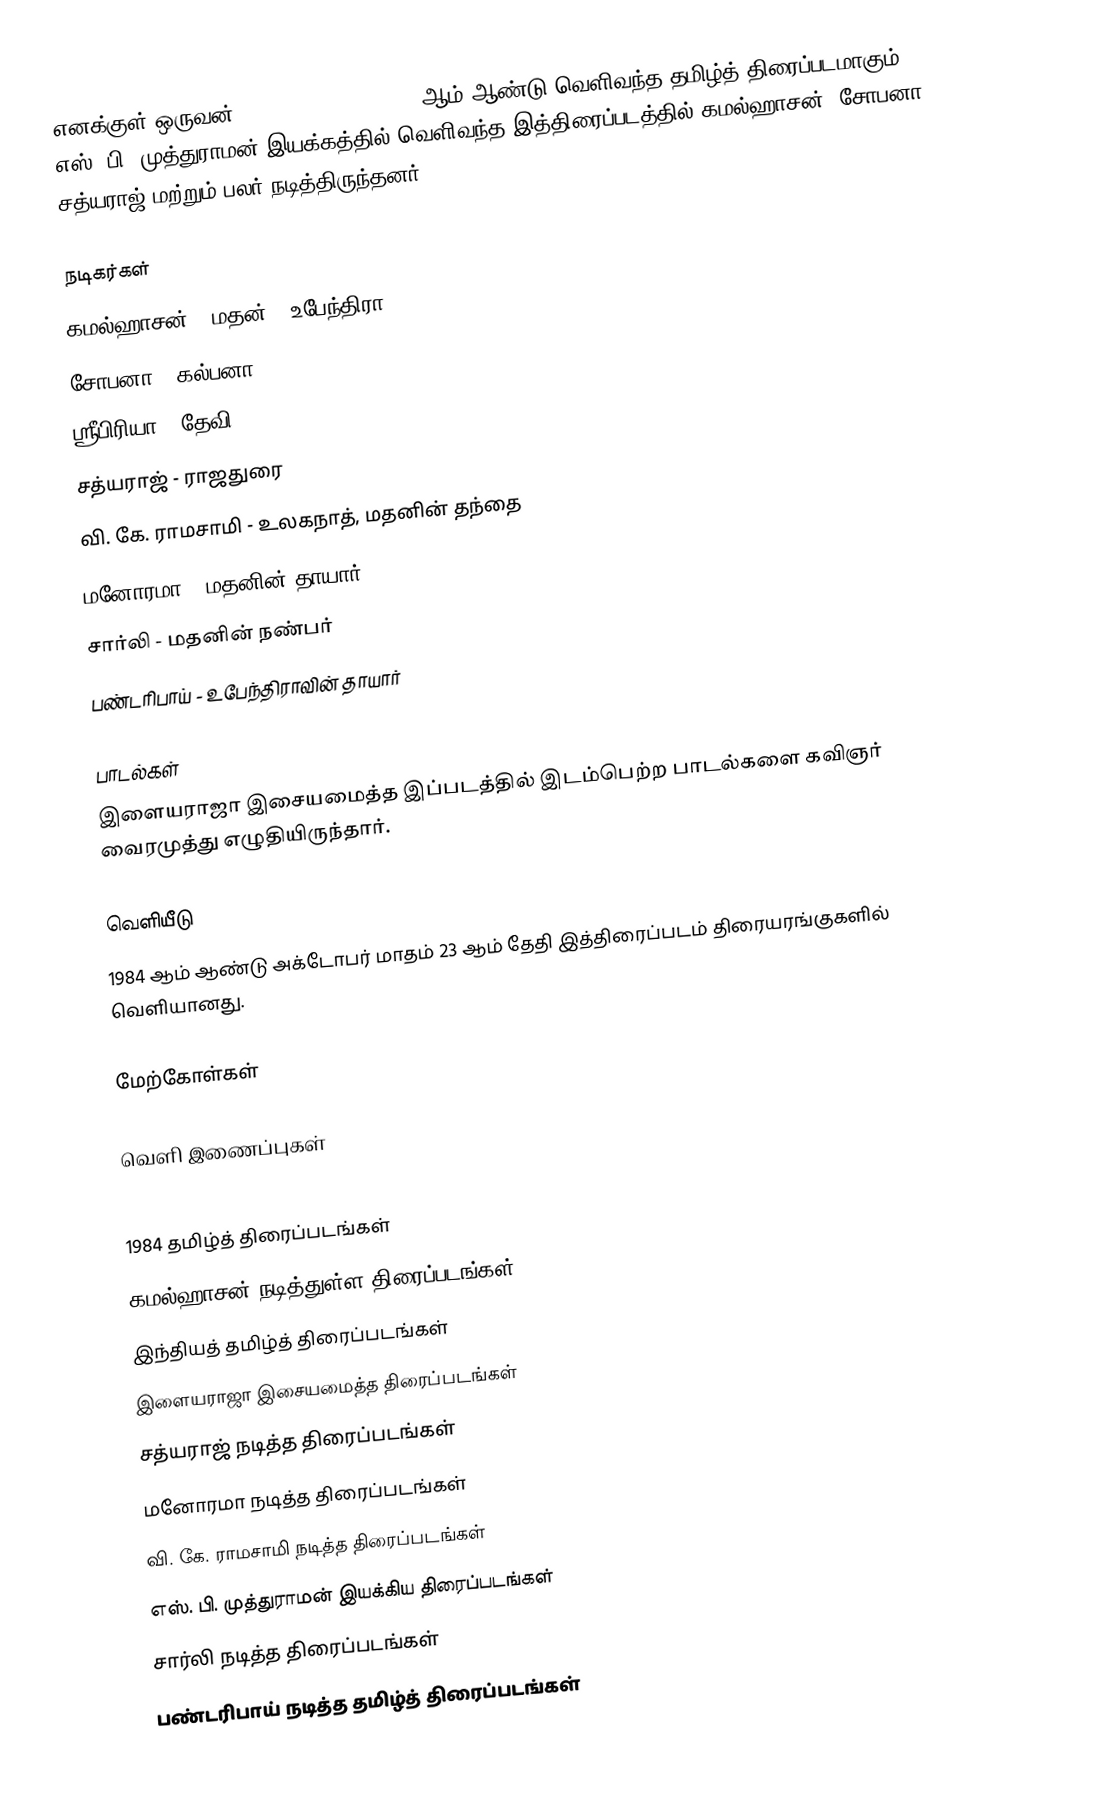
எனக்குள் ஒருவன் (Enakkul Oruvan) 1984 ஆம் ஆண்டு வெளிவந்த தமிழ்த் திரைப்படமாகும். எஸ். பி. முத்துராமன் இயக்கத்தில் வெளிவந்த இத்திரைப்படத்தில் கமல்ஹாசன், சோபனா, சத்யராஜ் மற்றும் பலர் நடித்திருந்தனர்.

நடிகர்கள்
 கமல்ஹாசன் - மதன் / உபேந்திரா
 சோபனா - கல்பனா
 ஸ்ரீபிரியா - தேவி
 சத்யராஜ் - ராஜதுரை
 வி. கே. ராமசாமி - உலகநாத், மதனின் தந்தை
 மனோரமா - மதனின் தாயார்
 சார்லி - மதனின் நண்பர்
 பண்டரிபாய் - உபேந்திராவின் தாயார்

பாடல்கள்
இளையராஜா இசையமைத்த இப்படத்தில் இடம்பெற்ற பாடல்களை கவிஞர் வைரமுத்து எழுதியிருந்தார்.

வெளியீடு
1984 ஆம் ஆண்டு அக்டோபர் மாதம் 23 ஆம் தேதி இத்திரைப்படம் திரையரங்குகளில் வெளியானது.

மேற்கோள்கள்

வெளி இணைப்புகள்

1984 தமிழ்த் திரைப்படங்கள்
கமல்ஹாசன் நடித்துள்ள திரைப்படங்கள்
இந்தியத் தமிழ்த் திரைப்படங்கள்
இளையராஜா இசையமைத்த திரைப்படங்கள்
சத்யராஜ் நடித்த திரைப்படங்கள்
மனோரமா நடித்த திரைப்படங்கள்
வி. கே. ராமசாமி நடித்த திரைப்படங்கள்
எஸ். பி. முத்துராமன் இயக்கிய திரைப்படங்கள்
சார்லி நடித்த திரைப்படங்கள்
பண்டரிபாய் நடித்த தமிழ்த் திரைப்படங்கள்